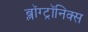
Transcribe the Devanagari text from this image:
ब्लॉग्ट्रॉनिक्स